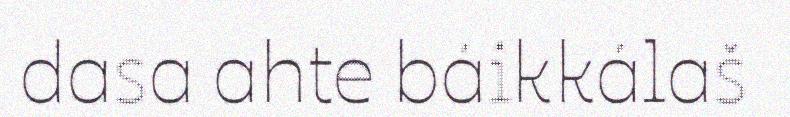
dasa ahte báikkálaš